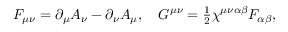
\begin{array} { r } { F _ { \mu \nu } = \partial _ { \mu } A _ { \nu } - \partial _ { \nu } A _ { \mu } , \quad G ^ { \mu \nu } = \frac { 1 } { 2 } \chi ^ { \mu \nu \alpha \beta } F _ { \alpha \beta } , } \end{array}